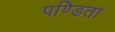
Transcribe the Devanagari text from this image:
पण्डिता